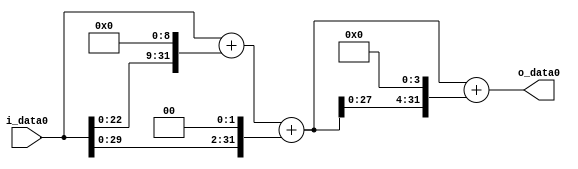
module multiplier_block (
    i_data0,
    o_data0
);

  // Port mode declarations:
  input   [31:0] i_data0;
  output  [31:0]
    o_data0;

  //Multipliers:

  wire [31:0]
    w1,
    w512,
    w513,
    w4,
    w517,
    w8272,
    w8789;

  assign w1 = i_data0;
  assign w4 = w1 << 2;
  assign w512 = w1 << 9;
  assign w513 = w1 + w512;
  assign w517 = w513 + w4;
  assign w8272 = w517 << 4;
  assign w8789 = w517 + w8272;

  assign o_data0 = w8789;

  //multiplier_block area estimate = 4979.62092201029;
endmodule